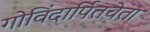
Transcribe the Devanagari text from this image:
गोविंदार्पितचेता